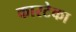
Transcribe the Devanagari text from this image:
कारटेका